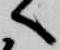
へ